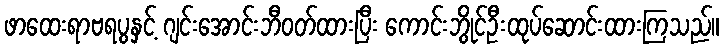
ဖာထေးရာဗရပွနှင့် ဂျင်းအောင်းဘီဝတ်ထားပြီး ကောင်းဘွိုင်ဦးထုပ်ဆောင်းထားကြသည်။